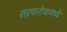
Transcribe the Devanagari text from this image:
सरफरोशमध्ये